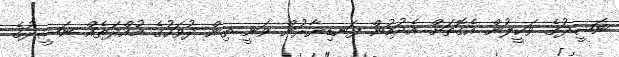
ނަޝީދުގެ ވަކީލުން އެގޮތަށް އެދުމުން ފަނޑިޔާރުން ވަނީ ތިން ދުވަހުގެ މުއްދަތެއް ނަޝީދުގެ